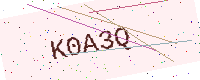
Text: K0A3Q